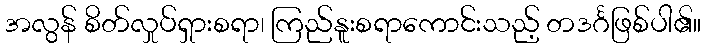
အလွန် စိတ်လှုပ်ရှားစရာ၊ ကြည်နူးစရာကောင်းသည့် တဒင်္ဂဖြစ်ပါ၏။